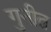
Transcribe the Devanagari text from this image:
गुनीत